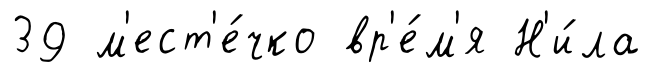
39 м'ест'е́чко вр'е́м'я Н'и́ла